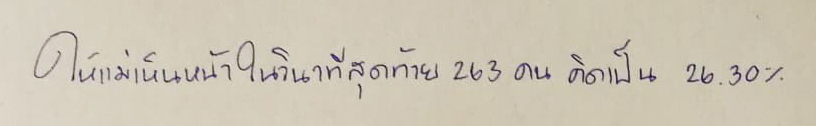
ให้แม่เห็นหน้าในวินาทีสุดท้าย263คนคิดเป็น26.30%